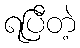
ရပြီတဲ့